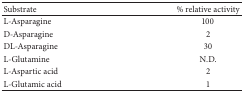
| Substrate | % relative activity |
 | --- | --- |
 | L-Asparagine | 100 |
 | D-Asparagine | 2 |
 | DL-Asparagine | 30 |
 | L-Glutamine | N.D. |
 | L-Aspartic acid | 2 |
 | L-Glutamic acid | 1 |